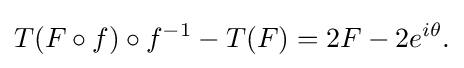
\displaystyle {T(F\circ f)\circ f^{-1}-T(F)=2F-2e^{i\theta }.}